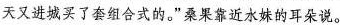
天又进城买了套组合式的。”桑果靠近水妹的耳朵说。